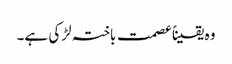
وہ یقیناًعصمت باختہ لڑکی ہے۔